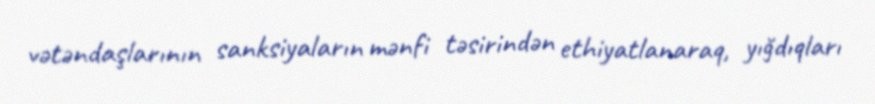
vətəndaşlarının sanksiyaların mənfi təsirindən ethiyatlanaraq, yığdıqları